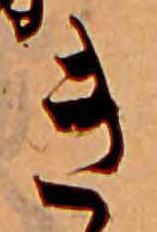
き